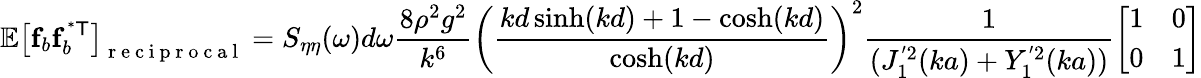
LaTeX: \mathbb{E}\left[\mathbf{f}_{b}\mathbf{f}_{b}^{\mathsf{^{*}T}}\right]_{\mathrm{~r~e~c~i~p~r~o~c~a~l~}}=S_{\eta\eta}(\omega)d\omega\frac{8\rho^{2}g^{2}}{k^{6}}\left(\frac{kd\sinh(kd)+1-\cosh(kd)}{\cosh(kd)}\right)^{2}\frac{1}{(J_{1}^{'2}(ka)+Y_{1}^{'2}(ka))}\left[\begin{array}{ll}{1}&{0}\\ {0}&{1}\end{array}\right]